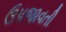
ઉપજાવતી